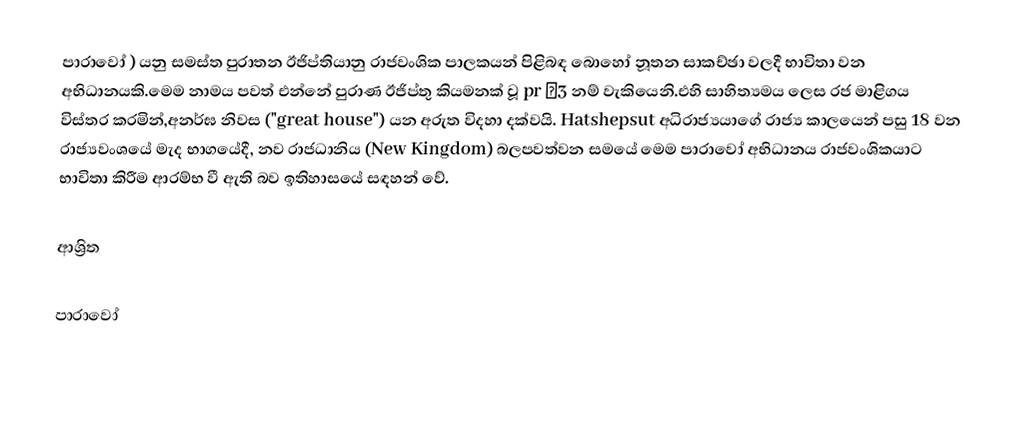
පාරාවෝ  )  යනු සමස්ත පුරාතන ඊජිප්තියානු රාජවංශික පාලකයන් පිළිබඳ බොහෝ නූතන සාකච්ඡා වලදී භාවිතා වන අභිධානයකි.මෙම නාමය පවත් එන්නේ පුරාණ ඊජිප්තු කියමනක් වූ  pr ˤ3 නම් වැකියෙනි.එහි සාහිත්‍යමය ලෙස රජ මාළිගය විස්තර කරමින්,අනර්ඝ නිවස ("great house") යන අරුත විදහා දක්වයි. Hatshepsut අධිරාජ්‍යයාගේ රාජ්‍ය කාලයෙන් පසු 18 වන රාජ්‍යවංශයේ මැද භාගයේදී, නව රාජධානිය (New Kingdom) බලපවත්වන සමයේ මෙම පාරාවෝ අභිධානය රාජවංශිකයාට භාවිතා කිරීම ආරම්භ වී ඇති බව ඉතිහාසයේ සඳහන් වේ.

ආශ්‍රිත

පාරාවෝ